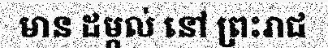
មាន ដម្កល់ នៅ ព្រះរាជ